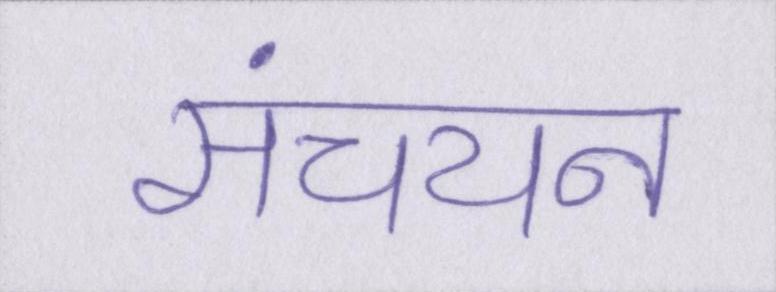
संचयन